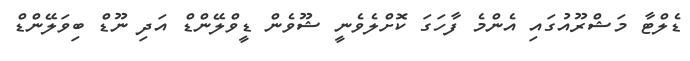
ޑެލްޓާ މަޝްރޫއުގައި އެންމެ ފާހަގަ ކޮށްލެވެނީ ޝޫވެން ޑީވްލޭންޑް އަދި ނޫޑް ބިވަލޭންޑް